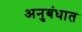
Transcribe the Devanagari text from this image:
अनुबंधात